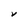
Character: V